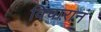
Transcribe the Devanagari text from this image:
विचारानं